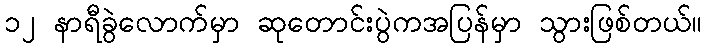
၁၂ နာရီခွဲလောက်မှာ ဆုတောင်းပွဲကအပြန်မှာ သွားဖြစ်တယ်။